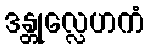
ဒန္တုလ္လေဟကံ